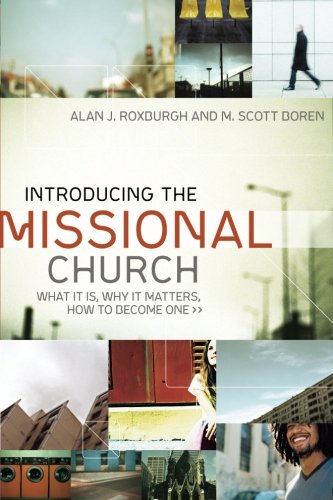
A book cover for Introducing the Missional Church: What It Is, Why It Matters, How to Become One (Allelon Missional Series); Alan J. Roxburgh; Christian Books & Bibles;